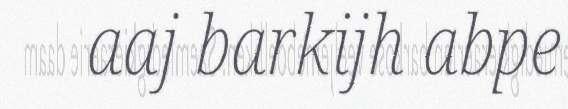
aaj barkijh abpe